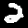
Digit: 2